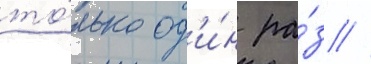
то́лько од'и́н ра́з //